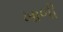
ખાળી